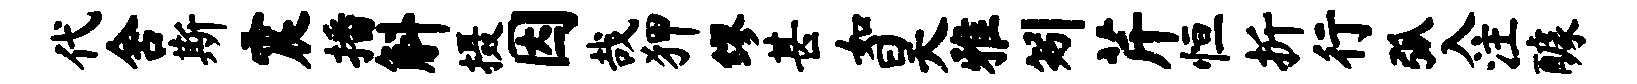
代舍斯震播斛摄因哉狎缪甚如昊雅矧芹恒折行弧入注醵